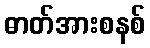
ဓာတ်အားစနစ်